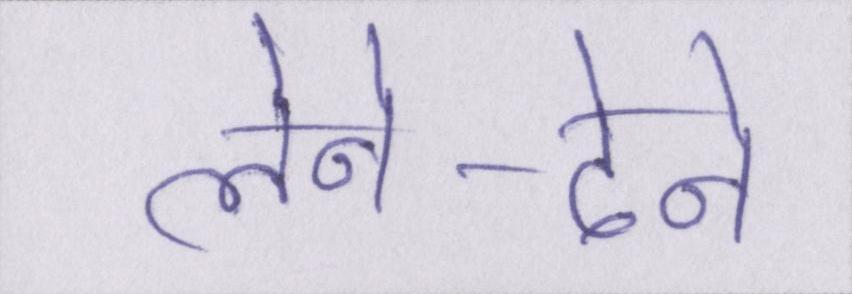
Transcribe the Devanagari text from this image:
लेने-देने